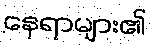
နေရာများ၏